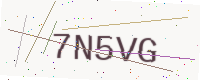
Text: 7N5VG